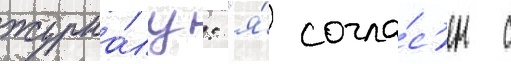
журна́лу: "я́ согла́с'ен с